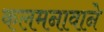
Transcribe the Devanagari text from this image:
कलमनावाने